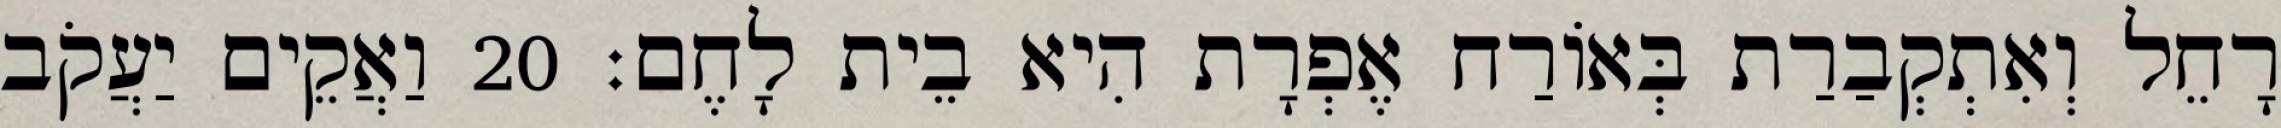
רָחֵל וְאִתְקְבַרַת בְּאוֹרַח אֶפְרָת הִיא בֵית לָחֶם׃ 20 וַאֲקֵים יַעֲקֹב